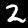
Digit: 2